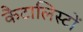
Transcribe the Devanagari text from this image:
कैटालिस्टों